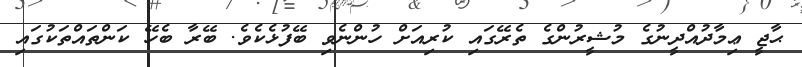
ޙާޖީ ޢިމާދުއްދީނުގެ މުޝީރުންގެ ތެރޭގައި ކުރިއަށް ހުންނެވި ބޭފުޅެކެވެ. ބޭރާ ބެހޭ ކަންތައްތަކުގައި